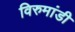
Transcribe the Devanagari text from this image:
विरुमांडी